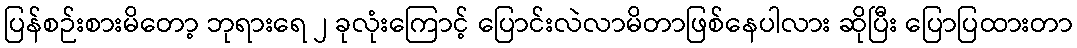
ပြန်စဉ်းစားမိတော့ ဘုရားရေ ၂ ခုလုံးကြောင့် ပြောင်းလဲလာမိတာဖြစ်နေပါလား ဆိုပြီး ပြောပြထားတာ